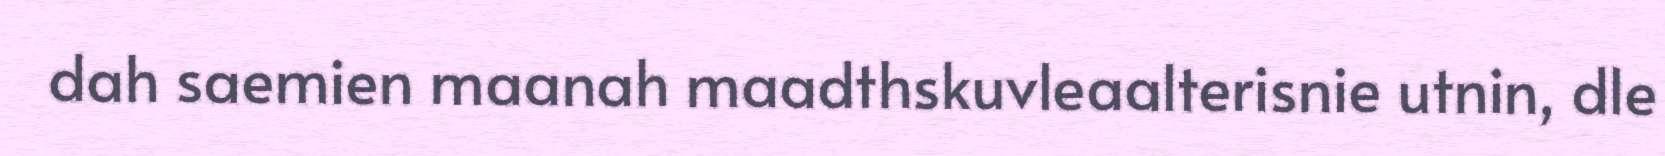
dah saemien maanah maadthskuvleaalterisnie utnin, dle